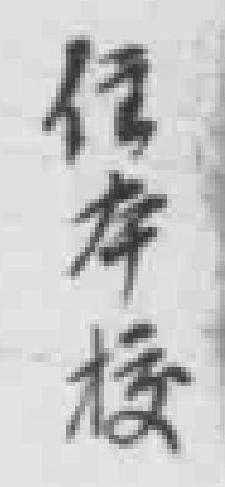
*本校